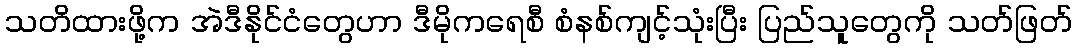
သတိထားဖို့က အဲဒီနိုင်ငံတွေဟာ ဒီမိုကရေစီ စံနစ်ကျင့်သုံးပြီး ပြည်သူတွေကို သတ်ဖြတ်